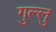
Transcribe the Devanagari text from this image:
गुल्लु